画像に写った文字を読んでください
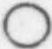
「○」と書いてあります